Civil Veterinary Department. Madras. Admin. report 1926-33 - 1926-1933
Year: 1926
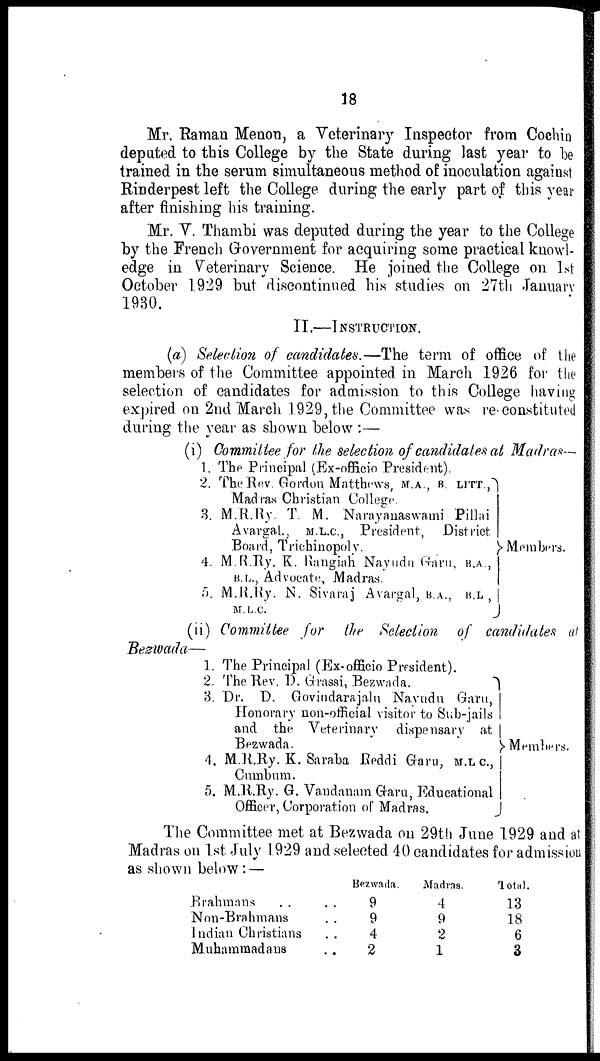
18
Mr. Raman Menon, a Veterinary Inspector from Cochin
deputed to this College by the State during last year to he
trained in the serum simultaneous method of inoculation against
Rinderpest left the College during the early part of this year
after finishing his training.
Mr. Y. Thambi was deputed during the year to the College
by the French Government for acquiring some practical knowl-
edge in Veterinary Science. He joined the College on 1st
October 1.929 but discontinued his studies on 27th January
1930.
II.—INSTRUCTION.
(a) Selection of candidates.—The term of office of the
members of the Committee appointed in March 1926 for the
selection of candidates for admission to this College having
expired on 2nd March 1929, the Committee was re-constituted
during the year as shown below:—
(i)
1.
2.
3.
4.
5.
(ii)
Bezwada—
1.
2.
3.
4
5
Committee for the selection of candidates at Madras—
The Principal (Ex-officio President).
The Rev. Gordon Matthews, M.A., B. LITT.,
Madras Christian College.
M.R.Ry. T. M. Narayanaswami Pillai
Avargal, M.L.C, President, District
Board, Trichinopoly.
M.R.Ry. K. Rangiah Nayudu Garu, B.A.,
B.L., Advocate, Madras.
M.R.Ry. N. Sivaraj Avargal, B.A., B.L,
M. L.C.
Members.
Committee for
the Selection
of candidates at
The Principal (Ex-officio President).
The Rev. 1). Grassi, Bezwada.
Dr. D. Govindarajalu Nayudn Garu,
Honorary non-official visitor to Sub-jails
and the Veterinary dispensary at
Bezwada.
M.R.Ry. K. Saraba Reddi Garu, M. L C.,
Cumbum.
M.R.Ry. G. Vandanam Garu, Educational
Officer, Corporation of Madras.
Members.
The Committee met at Bezwada on 29th June 1929 and at
Madras on 1st July 1929 and selected 40 candidates for admission
as shown below: —
Brahmans ..
Non-Brahmans ..
Indian Christians ..
Muhammadans ..
Bezwada.
9
9
4
2
Madras.
4
9
2
1
Total.
13
18
6
3